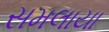
સમલાયા